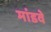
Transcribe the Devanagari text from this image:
मांडवे